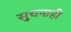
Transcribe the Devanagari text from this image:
सुचनाही